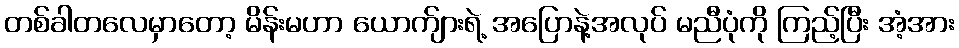
တစ်ခါတလေမှာတော့ မိန်းမဟာ ယောက်ျားရဲ့ အပြောနဲ့အလုပ် မညီပုံကို ကြည့်ပြီး အံ့အား